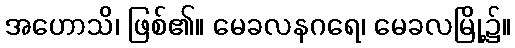
အဟောသိ၊ ဖြစ်၏။ မေခလနဂရေ၊ မေခလမြို့၌။